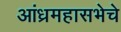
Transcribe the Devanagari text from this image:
आंध्रमहासभेचे